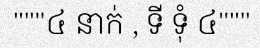
"""៤ នាក់ , ទី ទុំ ៤"""